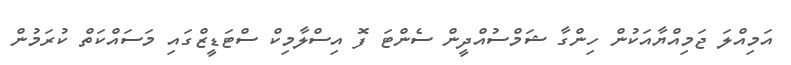
އަމިއްލަ ޖަމިއްޔާއަކުން ހިންގާ ޝަމްސުއްދީން ސެންޓަ ފޮ އިސްލާމިކް ސްޓަޑީޒްގައި މަސައްކަތް ކުރަމުން